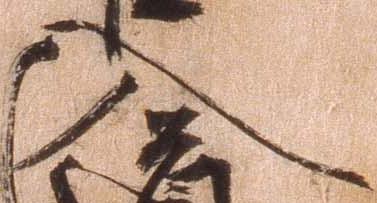
入